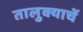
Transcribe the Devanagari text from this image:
तालुक्याचें